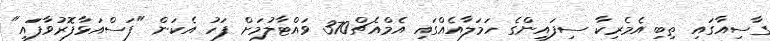
ގާސިއާގައި ތިބި އެމެރިކާ ސިފައިންގެ ހަމަލާއެއްގައި އެމްއެޗް370 ވައްޓާލުމަށް ފަހު އެކަން "ފަސްއަޅާފޮރުވާފަައި"